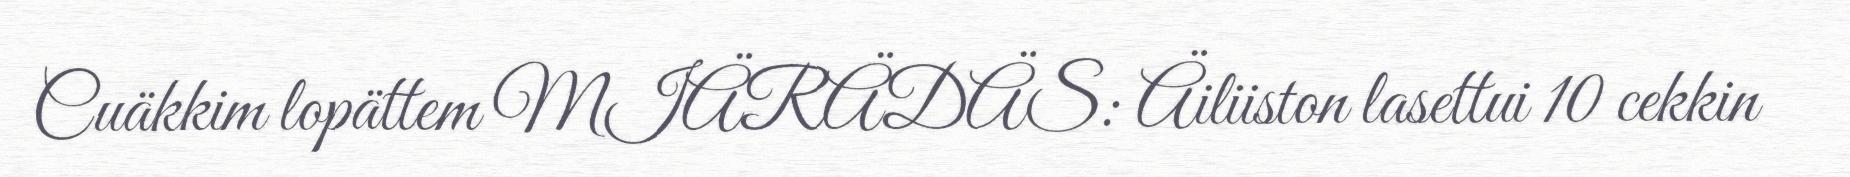
Cuäkkim lopättem MIÄRÄDÄS: Äiliiston lasettui 10 cekkin